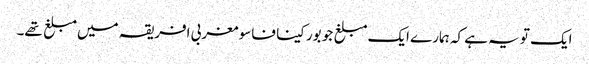
ایک تو یہ ہے کہ ہمارے ایک مبلغ جو بورکینا فاسو مغربی افریقہ میں مبلغ تھے۔